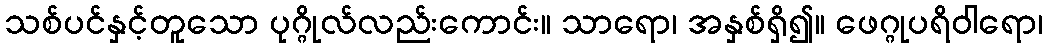
သစ်ပင်နှင့်တူသော ပုဂ္ဂိုလ်လည်းကောင်း။ သာရော၊ အနှစ်ရှိ၍။ ဖေဂ္ဂုပရိဝါရော၊